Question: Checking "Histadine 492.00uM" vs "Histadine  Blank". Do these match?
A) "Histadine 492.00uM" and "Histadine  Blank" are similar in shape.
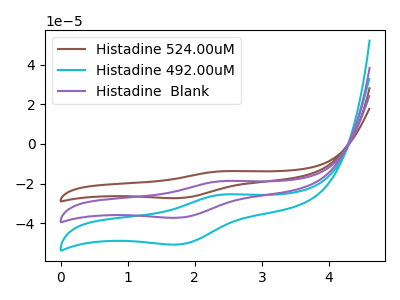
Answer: <think>The brown curve "Histadine 524.00uM" has an anodic peak at (2.45V, -37.40uA) and a cathodic peak at (1.75V, -74.40uA). The cyan curve "Histadine 492.00uM" has an anodic peak at (2.45V, -25.50uA) and a cathodic peak at (1.75V, -50.70uA). The purple curve "Histadine  Blank" has an anodic peak at (2.45V, -18.70uA) and a cathodic peak at (1.75V, -37.20uA).
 All the peaks in "Histadine 492.00uM" have a peak in "Histadine  Blank" at the same potential.</think>
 <answer>A) "Histadine 492.00uM" and "Histadine  Blank" are similar in shape.</answer>
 <eval>A</eval>